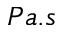
P a . s